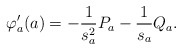
\begin{align*} \varphi'_a(a)=-\frac{1}{s_a^2}P_a -\frac{1}{s_a}Q_a.\end{align*}